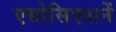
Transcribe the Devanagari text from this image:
एसोसिएशनें